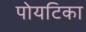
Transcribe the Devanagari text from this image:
पोयटिका